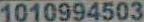
1010994503